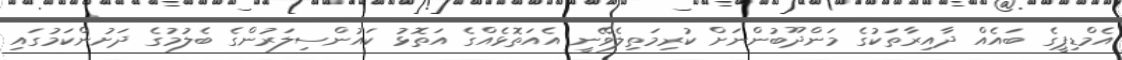
އެމްޑިޕީގެ ބައެއް ދާއިރާތަކުގެ މަންދޫބުންނަށް ކުރިމަތިލެވޭނީ އެއަތޮޅެއްގެ އަތޮޅު ކައުންސިލަރުންގެ ބެލުމުގެ ދަށުންކަމުގައި